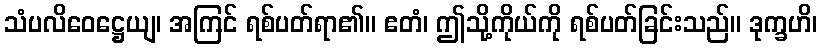
သံပလိဝေဋ္ဌေယျ၊ အကြင် ရစ်ပတ်ရာ၏။ ဧတံ၊ ဤသို့ကိုယ်ကို ရစ်ပတ်ခြင်းသည်။ ဒုက္ခဟိ၊